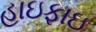
હાઇફાઇ